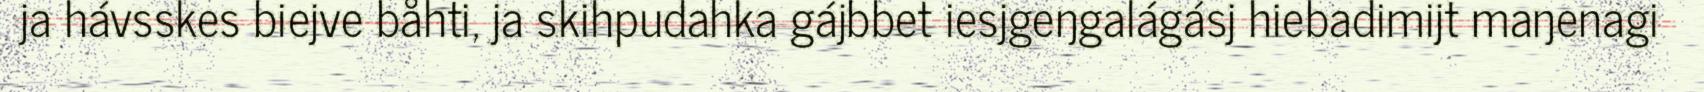
ja hávsskes biejve båhti, ja skihpudahka gájbbet iesjgeŋgalágásj hiebadimijt maŋenagi